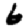
Digit: 6